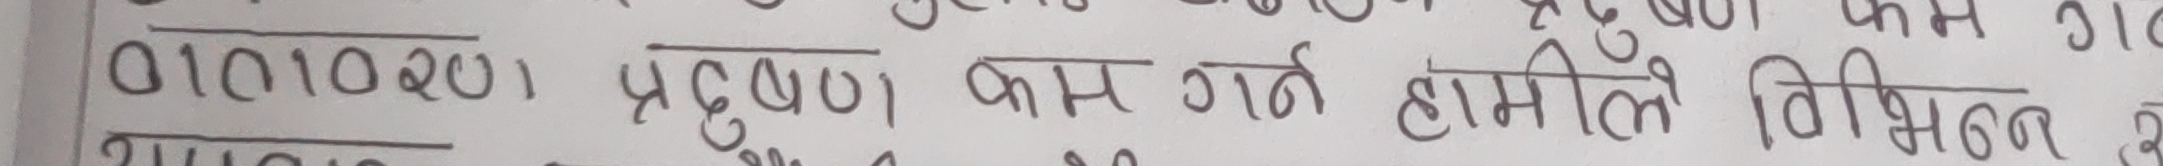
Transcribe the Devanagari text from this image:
01010201 प्रदूषण कम गर्न हामीले विभिन्न